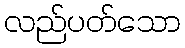
လည်ပတ်သော